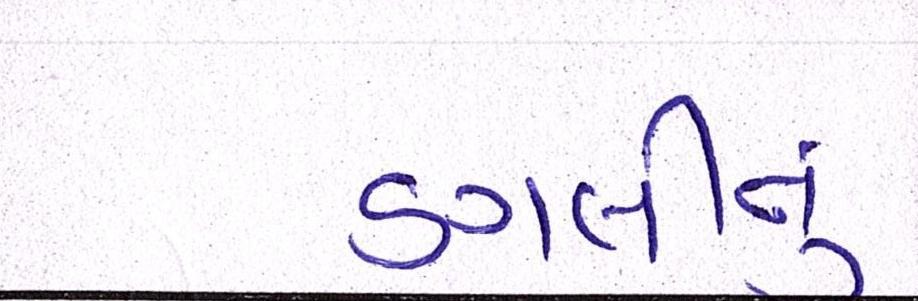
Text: ડગલીનું